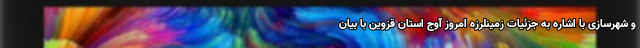
و شهرسازی با اشاره به جزئیات زمینلرزه امروز آوج استان قزوین با بیان